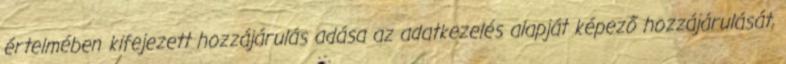
értelmében kifejezett hozzájárulás adása az adatkezelés alapját képező hozzájárulását,